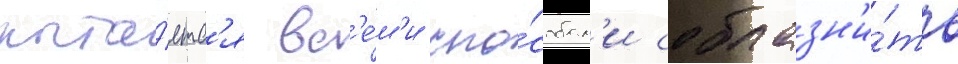
пыта́етс'я вс'е́м'и спо́собам'и соблазн'и́ть